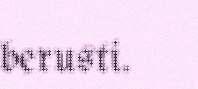
berusti.